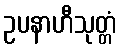
ဥပနာဟီသုတ္တံ